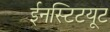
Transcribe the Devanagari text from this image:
ईनस्टिटयूट